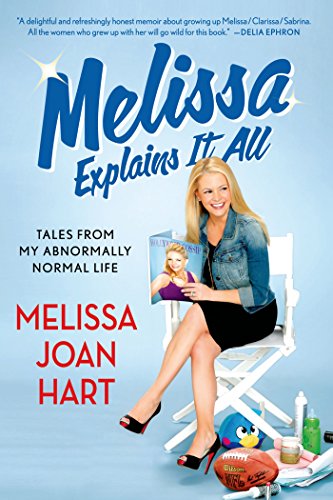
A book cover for Melissa Explains It All: Tales from My Abnormally Normal Life; Melissa Joan Hart; Humor & Entertainment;